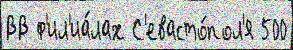
ВВ ф'ил'иа́лах С'евасто́пол'я 500